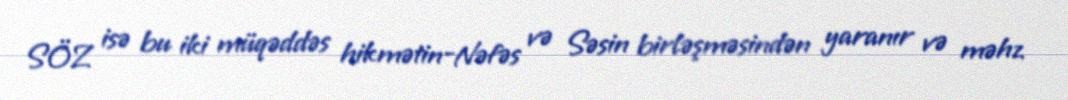
SÖZ isə bu iki müqəddəs hikmətin-Nəfəs və Səsin birləşməsindən yaranır və məhz